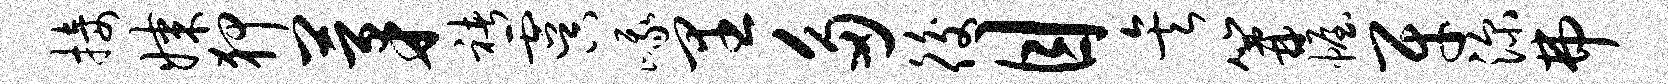
接媒狎茅褚虞峨里多後目矣篝幄牙深弗